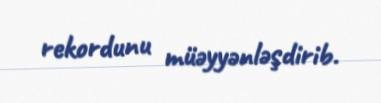
rekordunu müəyyənləşdirib.